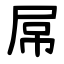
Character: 屌